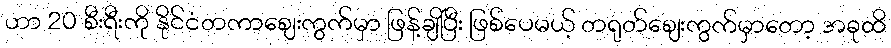
ဟာ 20 စီးရီးကို နိုင်ငံတကာဈေးကွက်မှာ ဖြန့်ချိပြီး ဖြစ်ပေမယ့် တရုတ်ဈေးကွက်မှာတော့ အခုထိ